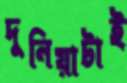
দুনিয়াটাই